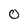
Character: 0